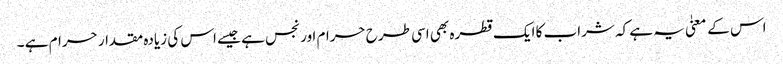
اس کے معنیٰ یہ ہے کہ شراب کا ایک قطرہ بھی اسی طرح حرام اور نجس ہے جیسے اس کی زیادہ مقدار حرام ہے ۔